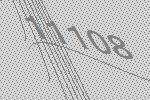
11108